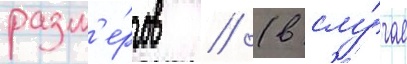
разм'е́ров // (в слу́чае